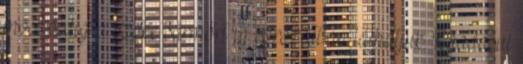
most pedig a szőke sármőrt új sorozatban láthatjuk. Ráadásul